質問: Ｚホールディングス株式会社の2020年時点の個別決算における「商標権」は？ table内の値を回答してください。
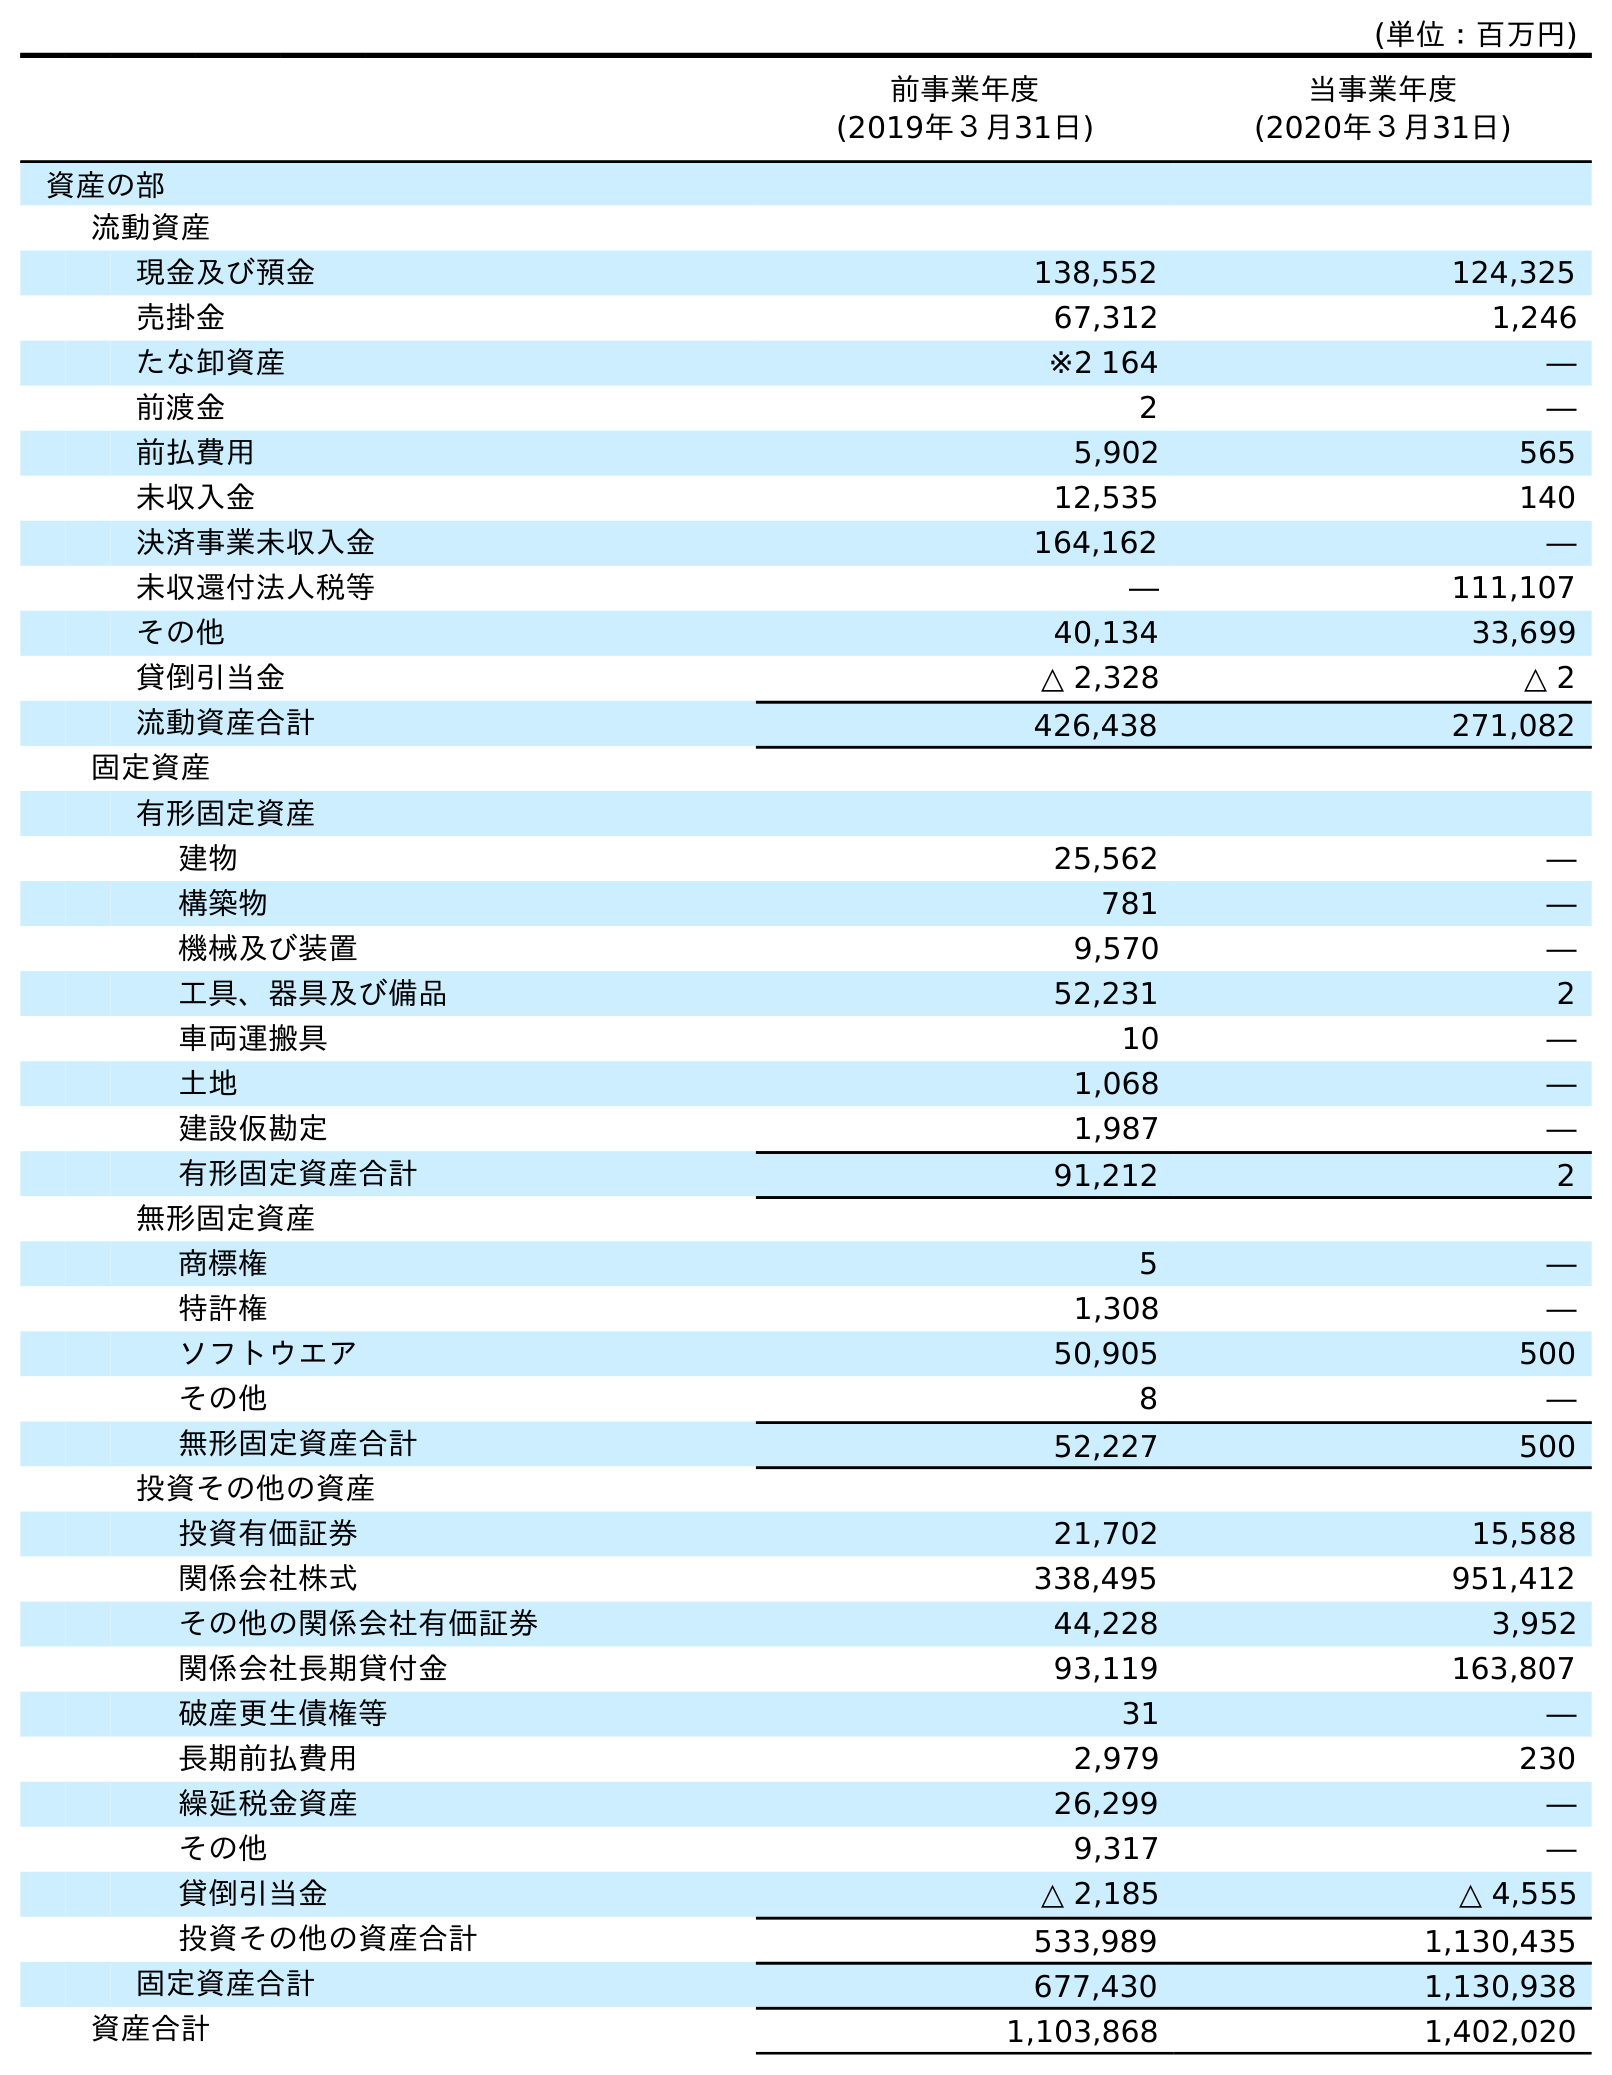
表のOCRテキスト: (単位：百万円) 前事業年度 (2019年３月31日) 当事業年度 (2020年３月31日) 資産の部 流動資産 現金及び預金 138,552 124,325 売掛金 67,312 1,246 たな卸資産 ※2 164 ― 前渡金 2 ― 前払費用 5,902 565 未収入金 12,535 140 決済事業未収入金 164,162 ― 未収還付法人税等 ― 111,107 その他 40,134 33,699 貸倒引当金 △ 2,328 △ 2 流動資産合計 426,438 271,082 固定資産 有形固定資産 建物 25,562 ― 構築物 781 ― 機械及び装置 9,570 ― 工具、器具及び備品 52,231 2 車両運搬具 10 ― 土地 1,068 ― 建設仮勘定 1,987 ― 有形固定資産合計 91,212 2 無形固定資産 商標権 5 ― 特許権 1,308 ― ソフトウエア 50,905 500 その他 8 ― 無形固定資産合計 52,227 500 投資その他の資産 投資有価証券 21,702 15,588 関係会社株式 338,495 951,412 その他の関係会社有価証券 44,228 3,952 関係会社長期貸付金 93,119 163,807 破産更生債権等 31 ― 長期前払費用 2,979 230 繰延税金資産 26,299 ― その他 9,317 ― 貸倒引当金 △ 2,185 △ 4,555 投資その他の資産合計 533,989 1,130,435 固定資産合計 677,430 1,130,938 資産合計 1,103,868 1,402,020
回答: ―